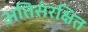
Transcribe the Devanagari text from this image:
अतिसंरक्षित